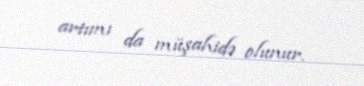
artımı da müşahidə olunur.